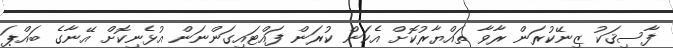
ފާސިޤަކު ޒިނޭކުރަން ރާވާ ތައްޔާރުކޮށް އެކަން ކުރަން ފައްޓައިގަންނަން އުޅެނިކޮށް އޭނާގެ ބައްޕަ